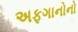
અફગાનોનો